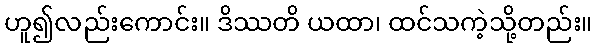
ဟူ၍လည်းကောင်း။ ဒိဿတိ ယထာ၊ ထင်သကဲ့သို့တည်း။